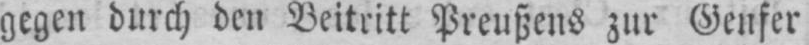
gegen durch den Beitritt Preußens zur Genfer